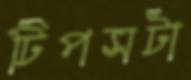
টিপসটা